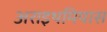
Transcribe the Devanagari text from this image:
अराइथमियास